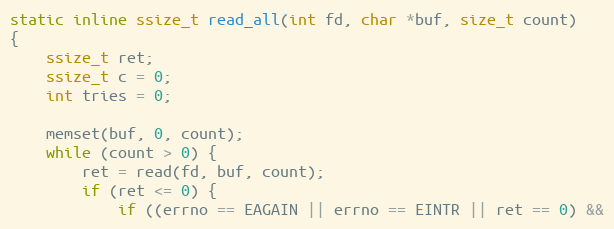
Language: C
static inline ssize_t read_all(int fd, char *buf, size_t count)
{
	ssize_t ret;
	ssize_t c = 0;
	int tries = 0;

	memset(buf, 0, count);
	while (count > 0) {
		ret = read(fd, buf, count);
		if (ret <= 0) {
			if ((errno == EAGAIN || errno == EINTR || ret == 0) &&